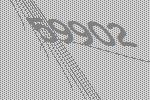
59902